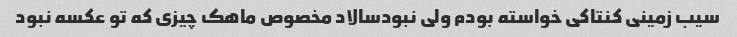
سیب زمینی کنتاکی خواسته بودم ولی نبودسالاد مخصوص ماهک چیزی که تو عکسه نبود